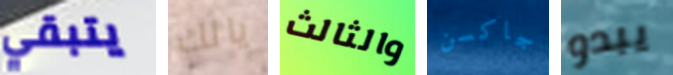
يتبقي يالك والثالث جاكسن يبدو